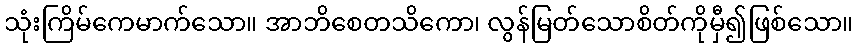
သုံးကြိမ်ကေမာက်သော။ အာဘိစေတသိကော၊ လွန်မြတ်သောစိတ်ကိုမှီ၍ဖြစ်သော။